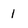
Character: 1